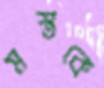
মস্তকে